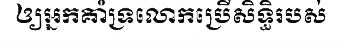
ឲ្យអ្នកគាំទ្រលោកប្រើសិទ្ធិរបស់